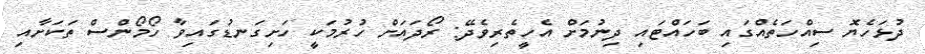
ދުޅަހެޔޮ ސިއްހަތެއްގައި ބަހައްޓައި ދިނުމަށް އެހީތެރިވެދޭ: ރޯދައަށް ހުރުމަކީ ހަށިގަނޑުގައިވާ ހޯމޯންސް ތަކަށާއި